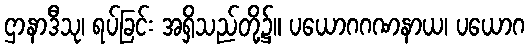
ဌာနာဒီသု၊ ရပ်ခြင်း အရှိသည်တို့၌။ ပယောဂဂဏနာယ၊ ပယောဂ